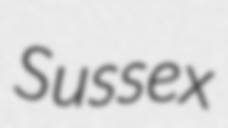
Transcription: Sussex